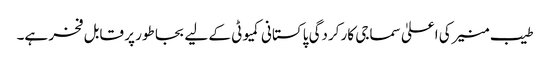
طیب منیر کی اعلیٰ سماجی کار کردگی پاکستانی کمیوٹی کے لیے بجا طور پر قابل فخر ہے۔